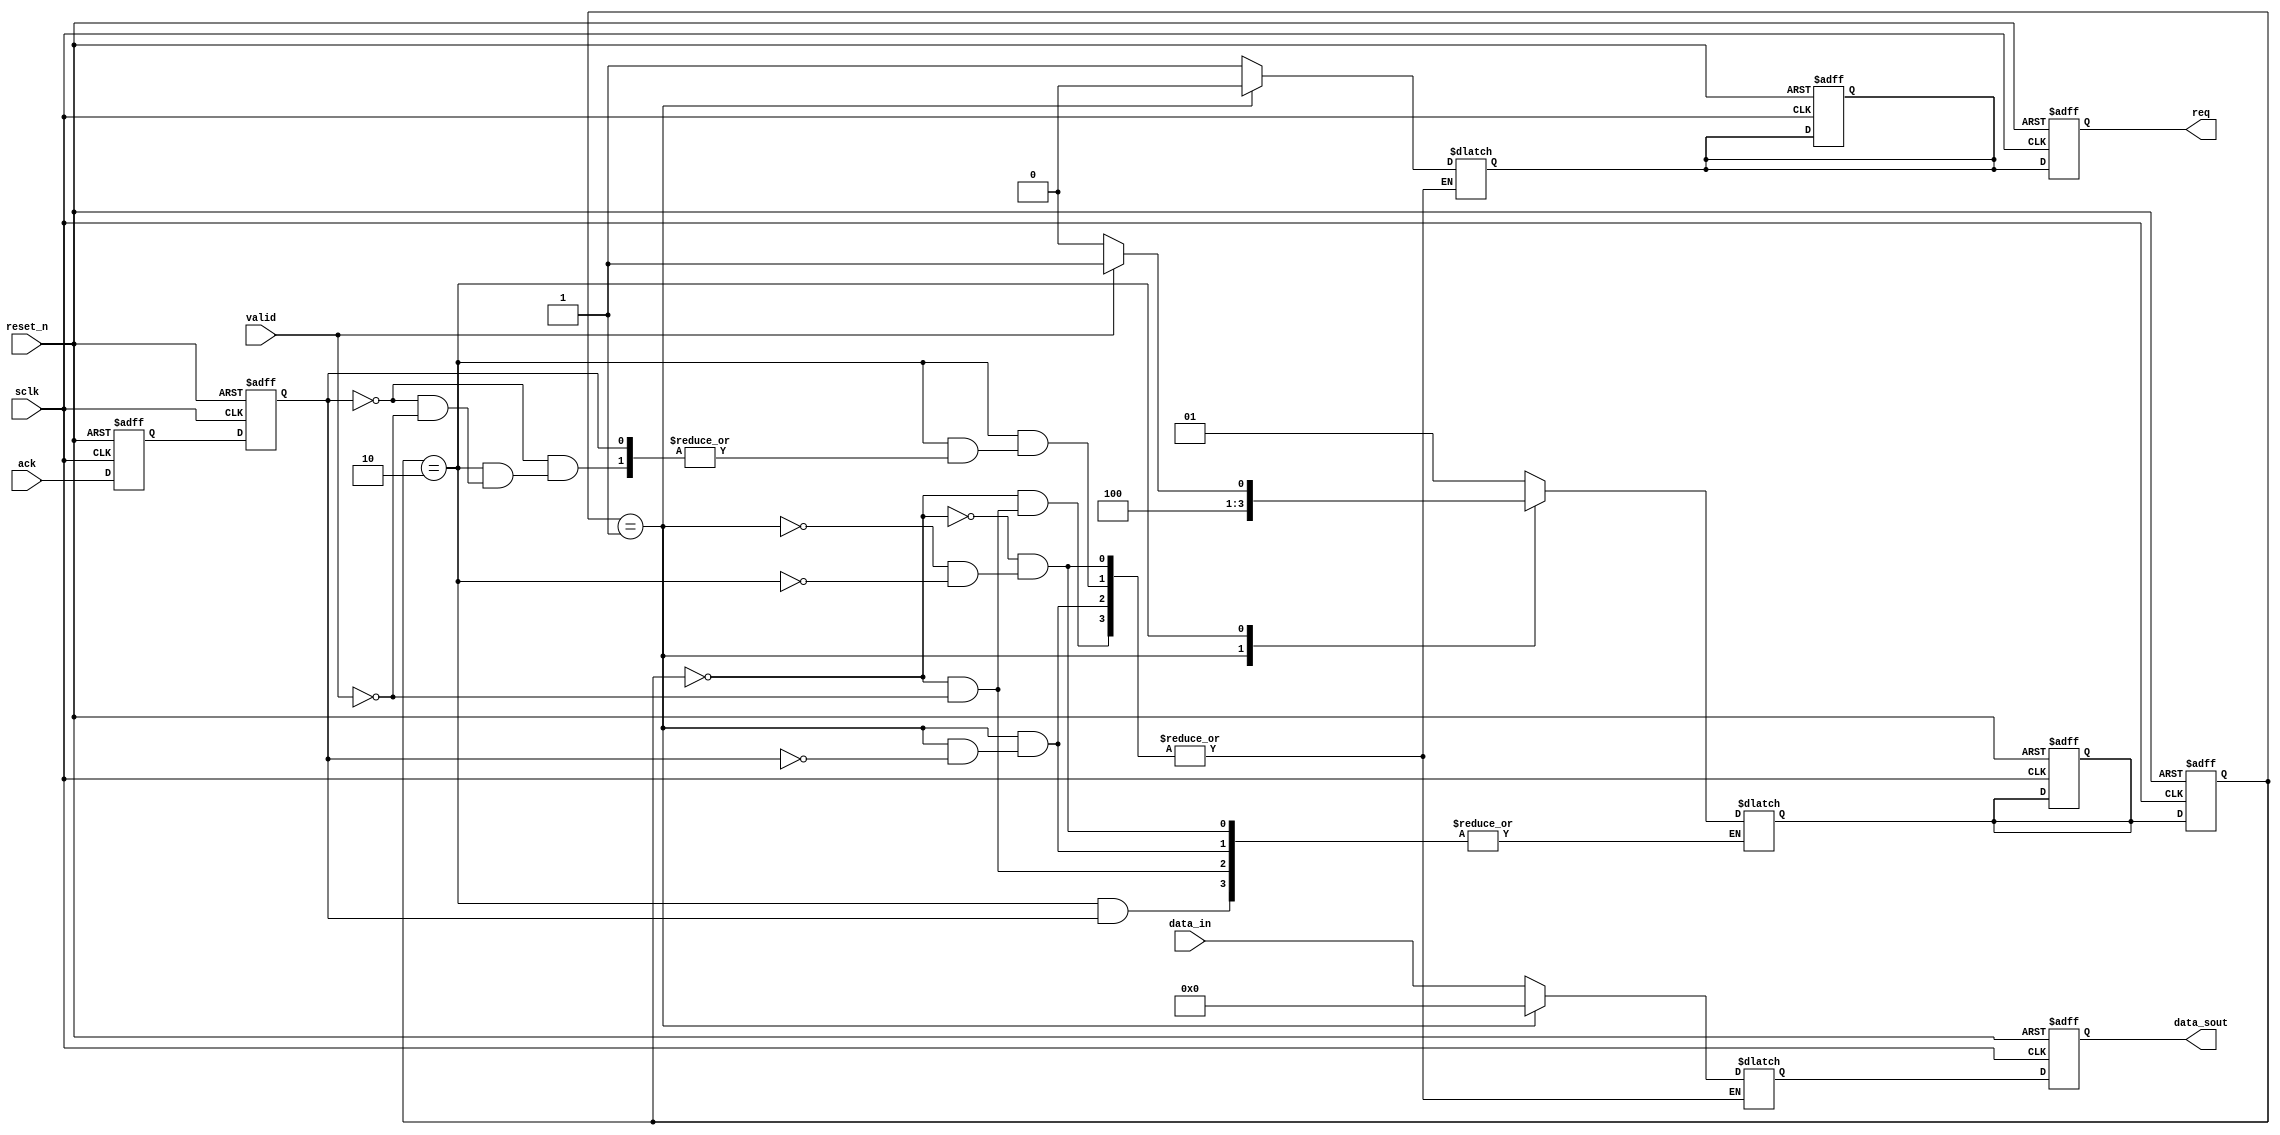
module handshack_s #(
	parameter width = 4
)(
	input sclk, reset_n, ack, valid,
	input [width-1:0] data_in,
	output reg [width-1:0] data_sout,
	output reg req
);

reg ack1, ack2, req_next;
reg [1:0] state, state_next;
parameter idle = 2'b00, send = 2'b01, get = 2'b10;
reg [width-1:0] data_nexts;

always@(posedge sclk or negedge reset_n) begin
	if (!reset_n) begin
		ack1 <= 0;
		ack2 <= 0;
		state <= idle;
		state_next <= idle;
		req <= 0;
		req_next <= 0;
		data_sout <= 0;
	end
	else begin
		ack1 <= ack;
		ack2 <= ack1;
		state <= state_next;
		req <= req_next;
		data_sout <= data_nexts;
	end
end

always@(*) begin
	case(state)
		idle: begin
			if (valid) begin
				state_next <= send;
				req_next = 1'b1;
				data_nexts = data_in;
			end
		end
		send: begin
			if (ack2) begin
				state_next = get;
				req_next = 1'b0;
				data_nexts = 'd0;
			end
		end
		get: begin
			if (!ack2) begin
				if (valid) begin
					state_next <= send;
					req_next = 1'b1;
					data_nexts = data_in;
				end
				else begin
					state_next <= idle;
				end
			end
		end
	endcase
end



endmodule